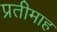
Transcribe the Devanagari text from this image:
प्रतीमाह